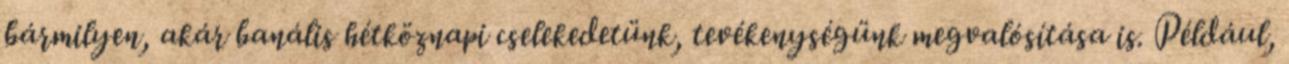
bármilyen, akár banális hétköznapi cselekedetünk, tevékenységünk megvalósítása is. Például,